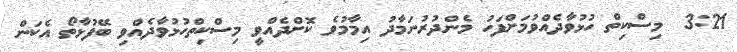
3:21  މިސްކިތް ހުޅުވާދެއްވުމަށްފަހު މެންދުރުނަމާދު އިމާމުވެ ކޮށްދެއްވީ މިސްކިތްހުޅުވާދެއްވި ބޭފުޅާތޯ އެކަން